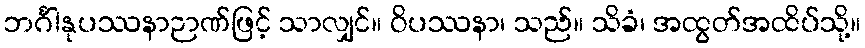
ဘင်္ဂါနုပဿနာဉာဏ်ဖြင့် သာလျှင်။ ဝိပဿနာ၊ သည်။ သိခံ၊ အထွတ်အထိပ်သို့။